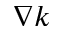
\nabla k